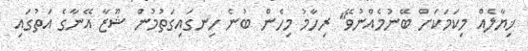
ޚިޔާލެއް މިކަމަކަށް ބޭނުމެއްނުވޭ" ރިހާމު މިހެން ބުނެ ހިނގައިގަތުމުން ޝޫޒާ އޭނާގެ އަތުގައި